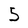
Character: 5